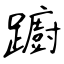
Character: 躕